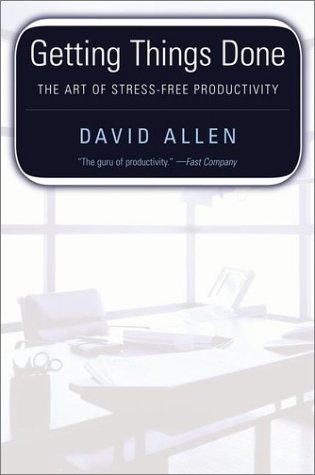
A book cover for Getting Things Done: the Art of Stress-Free Productivity; David Allen; Business & Money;